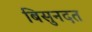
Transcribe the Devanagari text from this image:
बिसुनदत